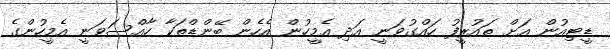
ޑީޓިއުން އަށް ތައުރީފު ހައްގުވަނީ އަދި އެމީހުން އެހެން ބޭންޑްތަކާ ހާއްސަވަނީ އެމީހުންގެ